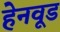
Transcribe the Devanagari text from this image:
हेनवूड